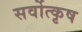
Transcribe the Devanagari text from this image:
सर्वोत्कृष